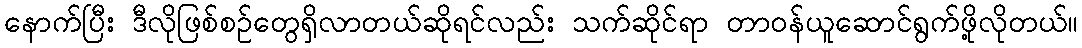
နောက်ပြီး ဒီလိုဖြစ်စဉ်တွေရှိလာတယ်ဆိုရင်လည်း သက်ဆိုင်ရာ တာဝန်ယူဆောင်ရွက်ဖို့လိုတယ်။